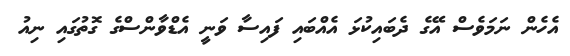
އެހެން ނަމަވެސް އޭގެ ދެބައިކުޅަ އެއްބައި ފައިސާ ވަނީ އެޑްވާންސްގެ ގޮތުގައި ނިއު